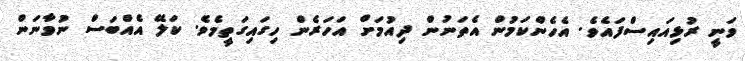
ވަނީ ރުޅިއައިސްފައެވެ. އެހެންކަމުން އެތަނުން ދިއުމަށް އަހަރެން ހިގައިގަތީމެވެ. ކަލޭ އެއްބަސް ނުވާނަން